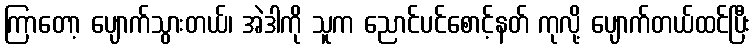
ကြာတော့ ပျောက်သွားတယ်၊ အဲဒါကို သူက ညောင်ပင်စောင့်နတ် ကုလို့ ပျောက်တယ်ထင်ပြီး